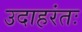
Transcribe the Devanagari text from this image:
उदाहरंतः